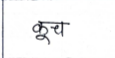
मजकूर: कूच